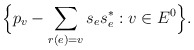
\begin{align*}\Big\{ p_v-\sum_{r(e)=v}s_es_e^*:v\in E^0\Big\}.\end{align*}